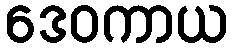
ဒေဝကာယ